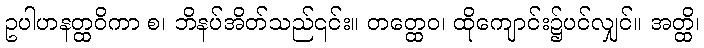
ဥပါဟနတ္ထဝိကာ စ၊ ဘိနပ်အိတ်သည်၎င်း။ တတ္ထေဝ၊ ထိုကျောင်း၌ပင်လျှင်။ အတ္ထိ၊